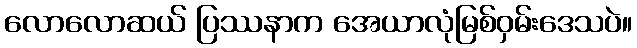
လောလောဆယ် ပြဿနာက အေယာလုံမြစ်ဝှမ်းဒေသပဲ။